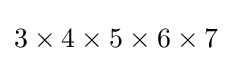
3\times 4\times 5\times 6\times 7